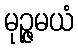
မုဉ္ဇမယံ